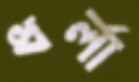
ধর্লা